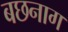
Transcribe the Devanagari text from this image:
बछनाग